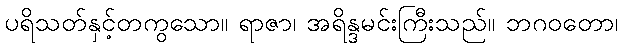
ပရိသတ်နှင့်တကွသော။ ရာဇာ၊ အရိန္ဒမင်းကြီးသည်။ ဘဂဝတော၊